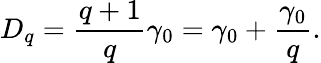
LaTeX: D_{q}=\frac{q+1}{q}\gamma_{0}=\gamma_{0}+\frac{\gamma_{0}}{q}.